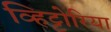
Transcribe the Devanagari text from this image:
व्हिट्टोरिया